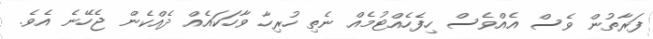
ފަރާތުން ވެސް އެއްވެސް ހިފެހެއްޓުމެއް ނެތި ހުރިހާ ވާހަކައެއް ދެއްކެން ޖެހޭނެ އެވެ.